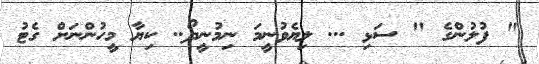
" ފުލުންގެ " ސަޅި ... ލިޔެވުނީމަ ނިމުނީދޯ.. ކިޔާ މީހުންނަށް ގެޓު